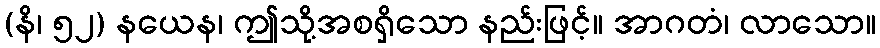
(နိ၊ ၅၂) နယေန၊ ဤသို့အစရှိသော နည်းဖြင့်။ အာဂတံ၊ လာသော။